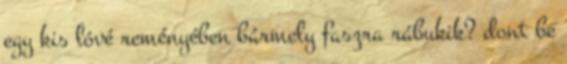
egy kis lóvé reményében bármely faszra rábukik? dont be